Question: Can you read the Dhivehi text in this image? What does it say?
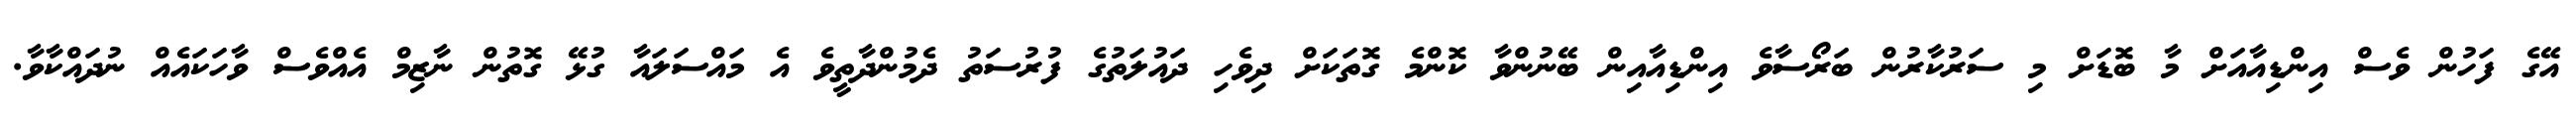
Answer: އޭގެ ފަހުން ވެސް އިންޑިއާއަށް މާ ބޮޑަށް މި ސަރުކާރުން ބަރޯސާވެ އިންޑިއާއިން ބޭނުންވާ ކޮންމެ ގޮތަކަށް ދިވެހި ދައުލަތުގެ ފުރުސަތު ދެމުންދާތީވެ އެ މައްސަލައާ ގުޅޭ ގޮތުން ނާޒިމް އެއްވެސް ވާހަކައެއް ނުދައްކާވާ.